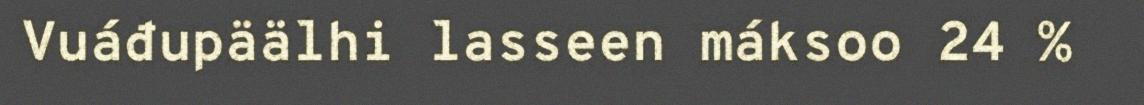
Vuáđupäälhi lasseen máksoo 24 %